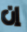
إن